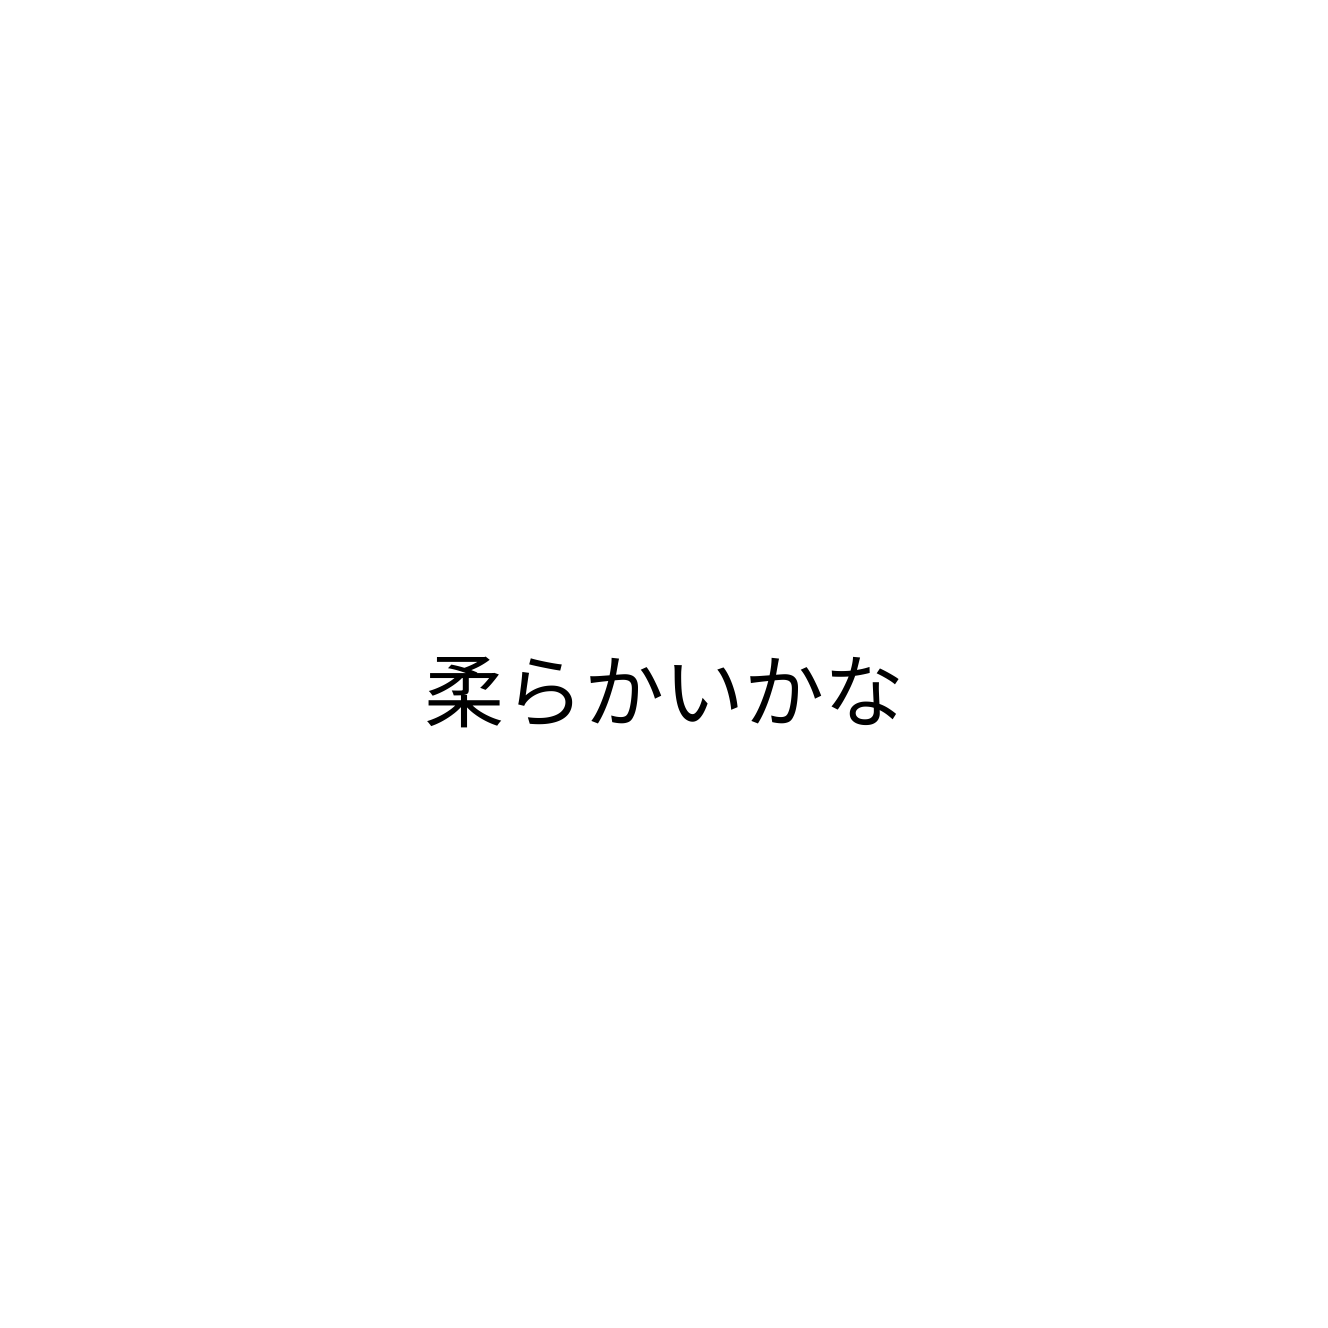
柔らかいかな